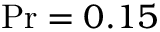
\operatorname* { P r } = 0 . 1 5